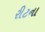
રીટના